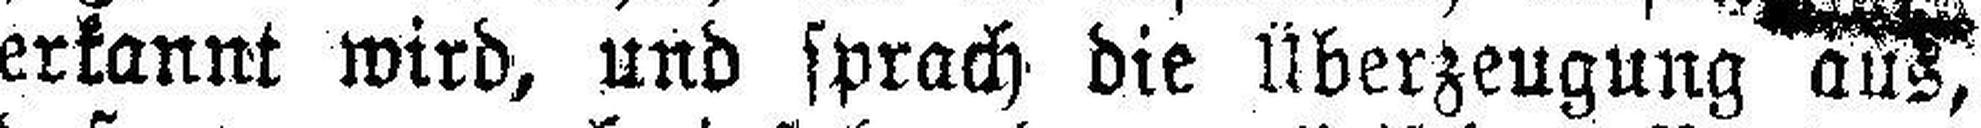
erkannt wird, und sprach die Überzeugung aus,